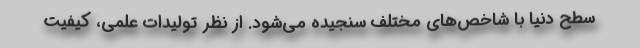
سطح دنیا با شاخص‌های مختلف سنجیده می‌شود. از نظر تولیدات علمی، کیفیت